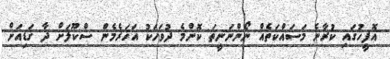
އޮފީހުގައި ކުރާނެ މަސައްކަތެއް ނޯންނަނީތަ ކޮންމެ ދުވަހަކު އަހަރެމެން ސްކޫލަށް ދާ ގަޑިއަށް